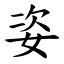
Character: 姿